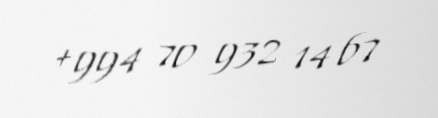
+994 70 932 14 67